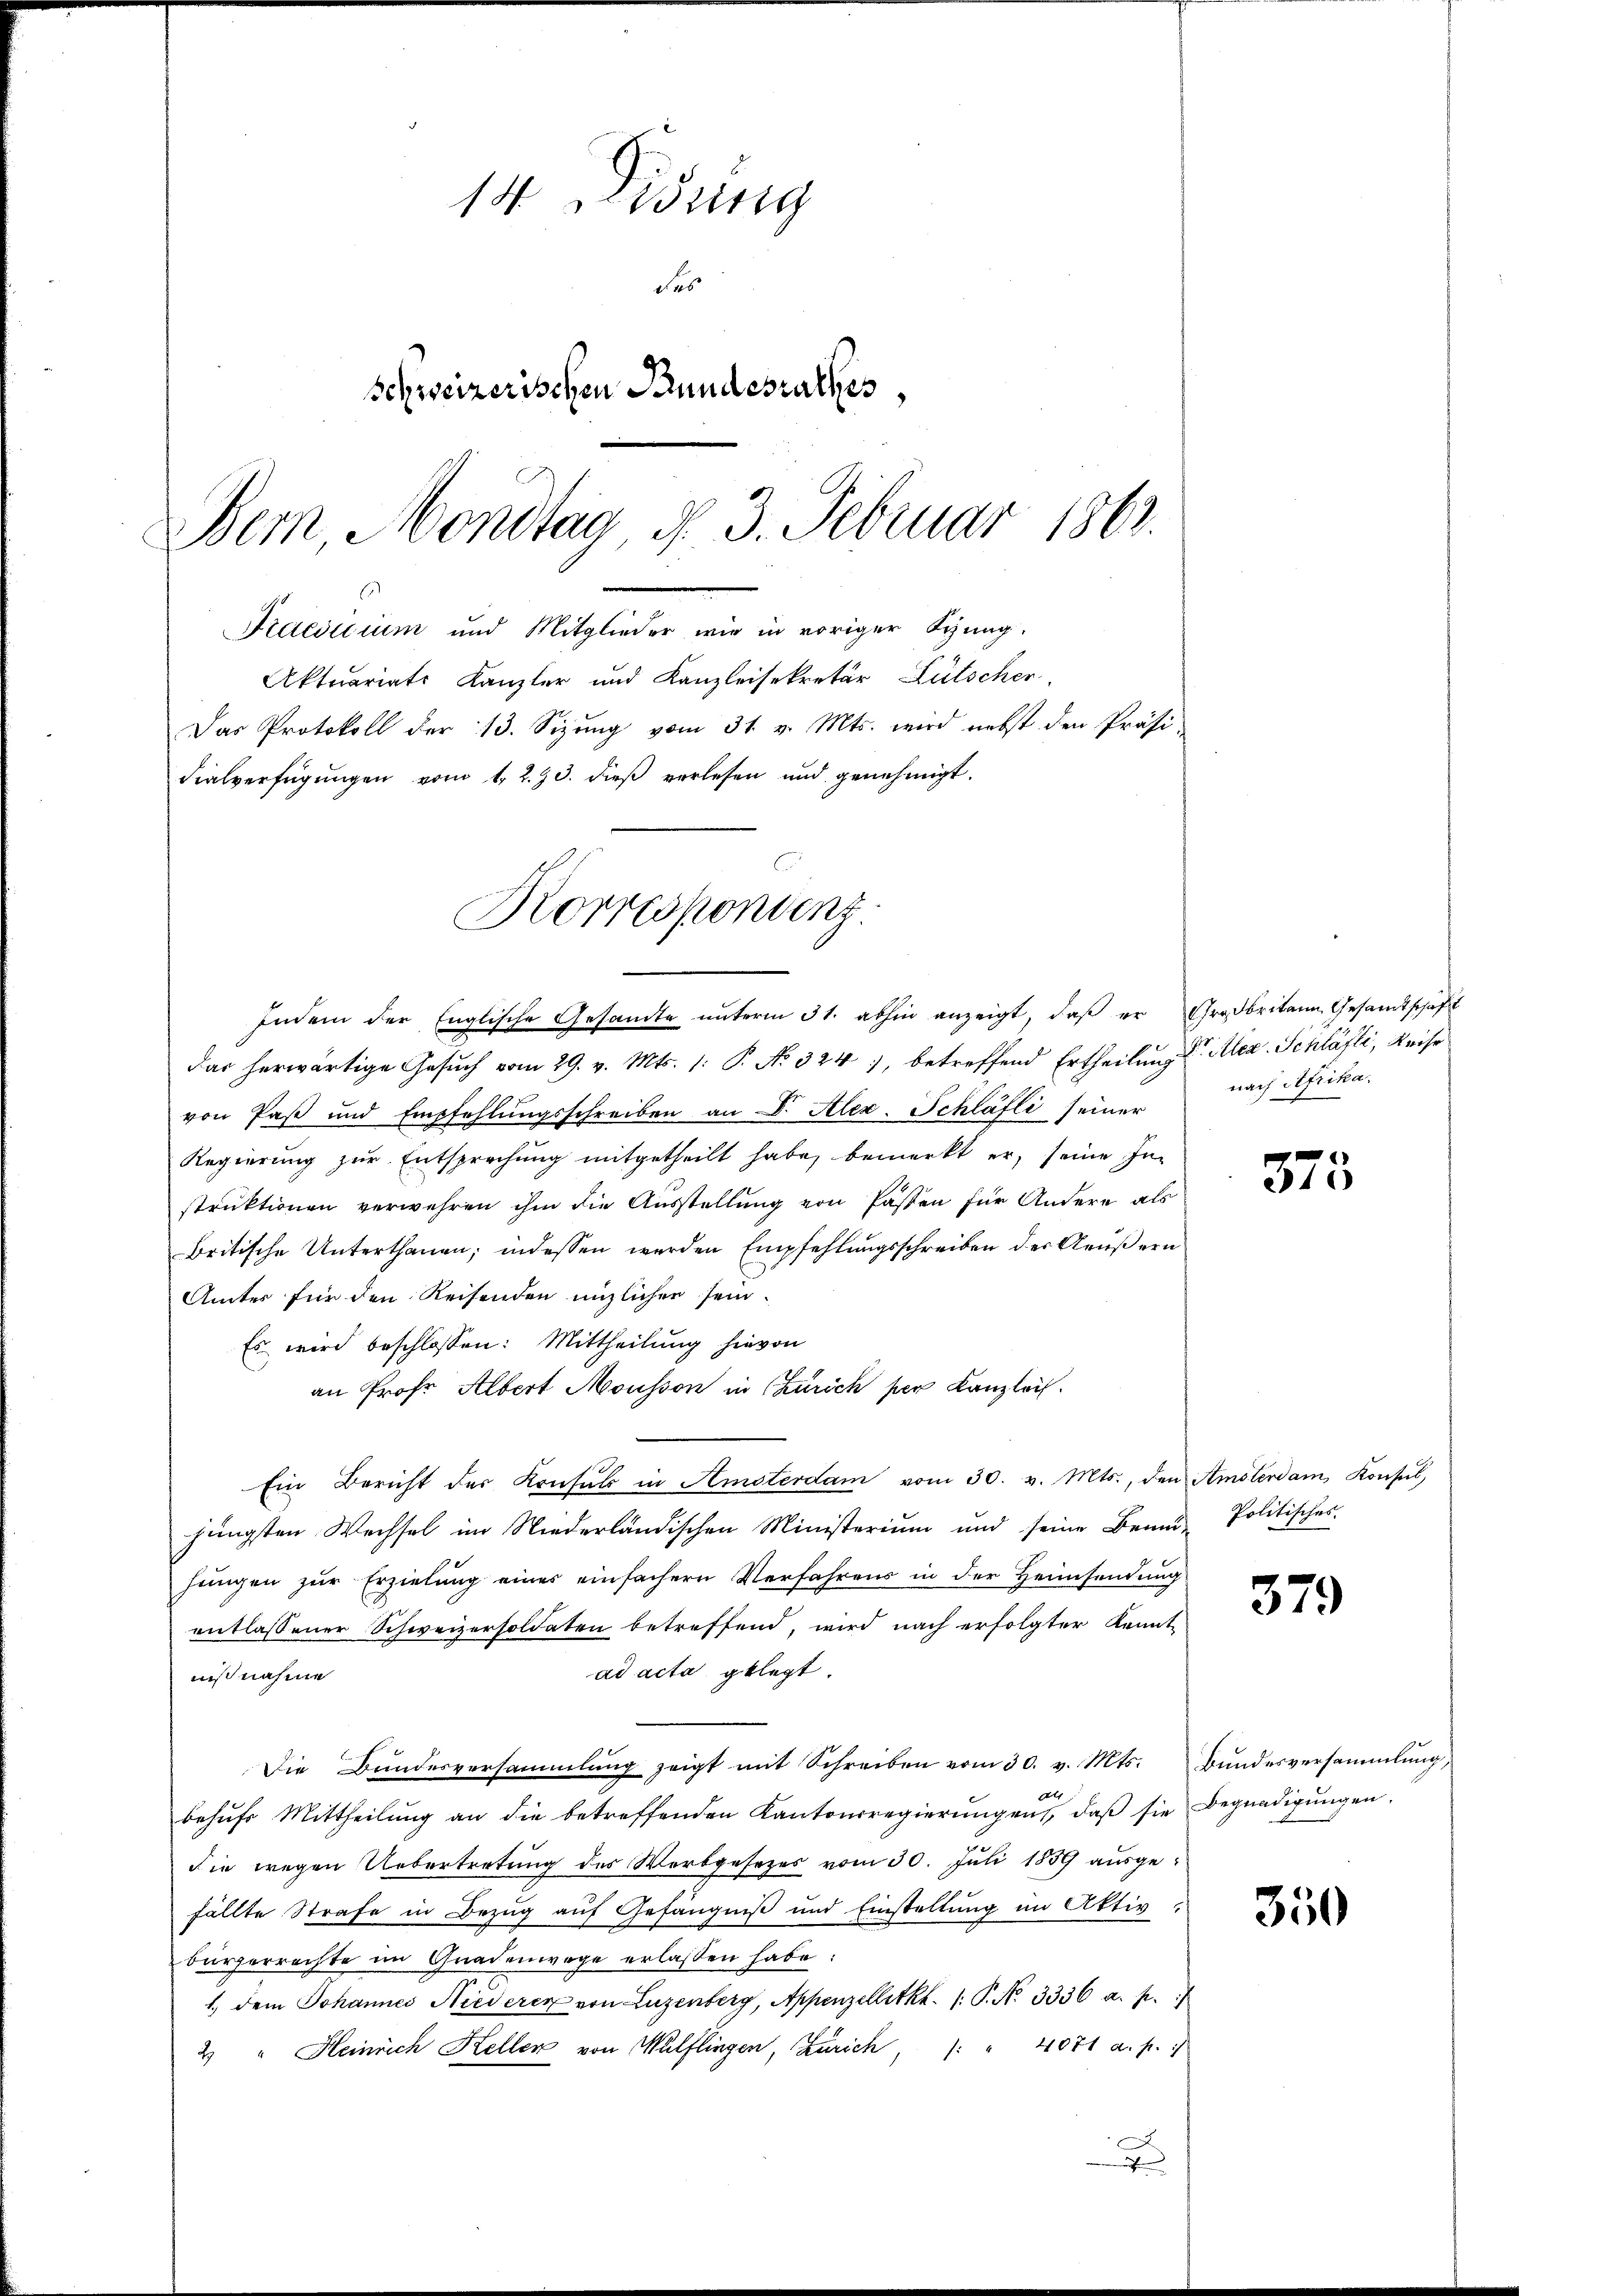
14. Eing
da
schweizerischen Stundesrathes,
Bern, Mondtag d. 3. Februar 1863.
Praesidium und Mitglieder wie in voriger Synng.
Aktuariats Kanzler und Kanzleisekretär Lütscher,
Das Protokoll der 13. Sizung vom 31. v. Mts. wird nebst den Präsi-
Fialverfügŭngen vom 1. 2. 30. dieβ verlesen und genehmigt.

Korrespondenz
Indem der Englische Gesandte unterm 31. abhin anzeigt, daß er Großbritann Gesandtschaft

das herwärtige Gesuch vom 29. v. Mts. 1: P. No 324, betreffend Ertheilung der Alex. Schläfti, Reise
von Paß und Empfehlŭngsschreiben an Dr. Alex. Schläfti seiner
Regierŭng zŭr Entsprechŭng mitgetheilt habe, bemerkt er, seine In-
struktionen verwehren ihm die Ausstellung von Passen für Andere als
britische Unterthanen; indessen werden Empfehlungsschreiben der Aeußern
Amtes für den Reisenden englichen sein.
Es wird beschlossen: Mittheilung hievon
an Prof. Albert Mousson in Zürich per Kanzlei.
Ein Bericht des Konsuls in Amsterdam vom 30. v. Mts., den Amsterdam Konsul,
jüngsten Wechsel im Niederländischen Ministerium und seine Bem-Politisches-
jungen zur Erzielung einer einfachern Verfahrens in der Heimsendung
entlassener Schweizersoldaten betreffend, wird nach erfolgter Kennt-
ad acta gelegt.
niß nahme
Die Bundesversammlung zeigt mit Schreiben vom 30. v. Mts. Bundesversammlung,
behŭfs Mittheilŭng an die betreffenden Kantonsregierŭngen, daβ sie Begnadigŭngen.
die wegen Uebertretung des Werbgesetzes vom 30. Juli 1859 ausgefällte Strafe in Bezug auf Gefängniß und Einstellung im Aktiv
bürgerrechte im Gnadenwege erlassen habe:
1., dem Johannes Niederer von Luzenberg, Appenzellitkh. /: P. No 3336 a. p.
" 4071 a. p. 1
2) " Heinrich Keller von Wülflingen, Zürich
x

nach Afrika,

375

379

350